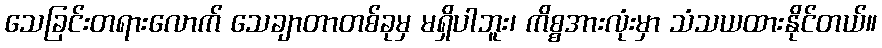
သေခြင်းတရားလောက် သေချာတာတစ်ခုမှ မရှိပါဘူး၊ ကိစ္စအားလုံးမှာ သံသယထားနိုင်တယ်။